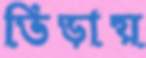
ভিড়ায়